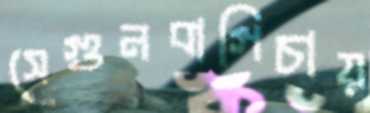
সেগুনবাগিচায়